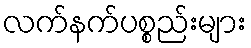
လက်နက်ပစ္စည်းများ